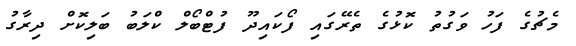
މެޗުގެ ފަހު ވަގުތު ކޮޅުގެ ތެރޭގައި ފޯކައިދޫ ފުޓްބޯލް ކްލަބު ބަލިކޮށް ދިރާގު